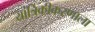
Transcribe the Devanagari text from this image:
यांत्रिकीकरणाला